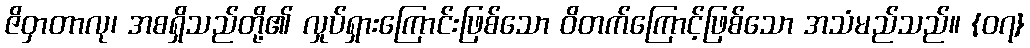
ဇိဝှာတာလု၊ အစရှိသည်တို့၏ လှုပ်ရှားကြောင်းဖြစ်သော ဝိတက်ကြောင့်ဖြစ်သော အသံမည်သည်။ {၀၇}